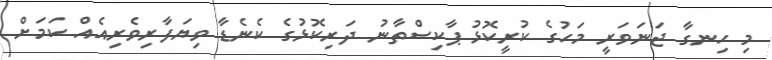
މި ހިނގާ ޖަނަވަރީ މަހުގެ ކުރީކޮޅު ޕާކިސްތާނު ދަރިކޮޅުގެ ކެނެޑާ ވިޔަފާރިވެރިއެއް ކަމަށް